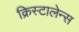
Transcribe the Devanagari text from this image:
क्रिस्टालेन्स